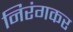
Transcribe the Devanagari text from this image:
निरंगकर